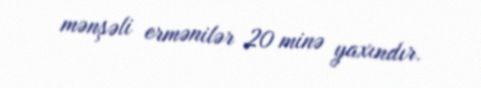
mənşəli ermənilər 20 minə yaxındır.